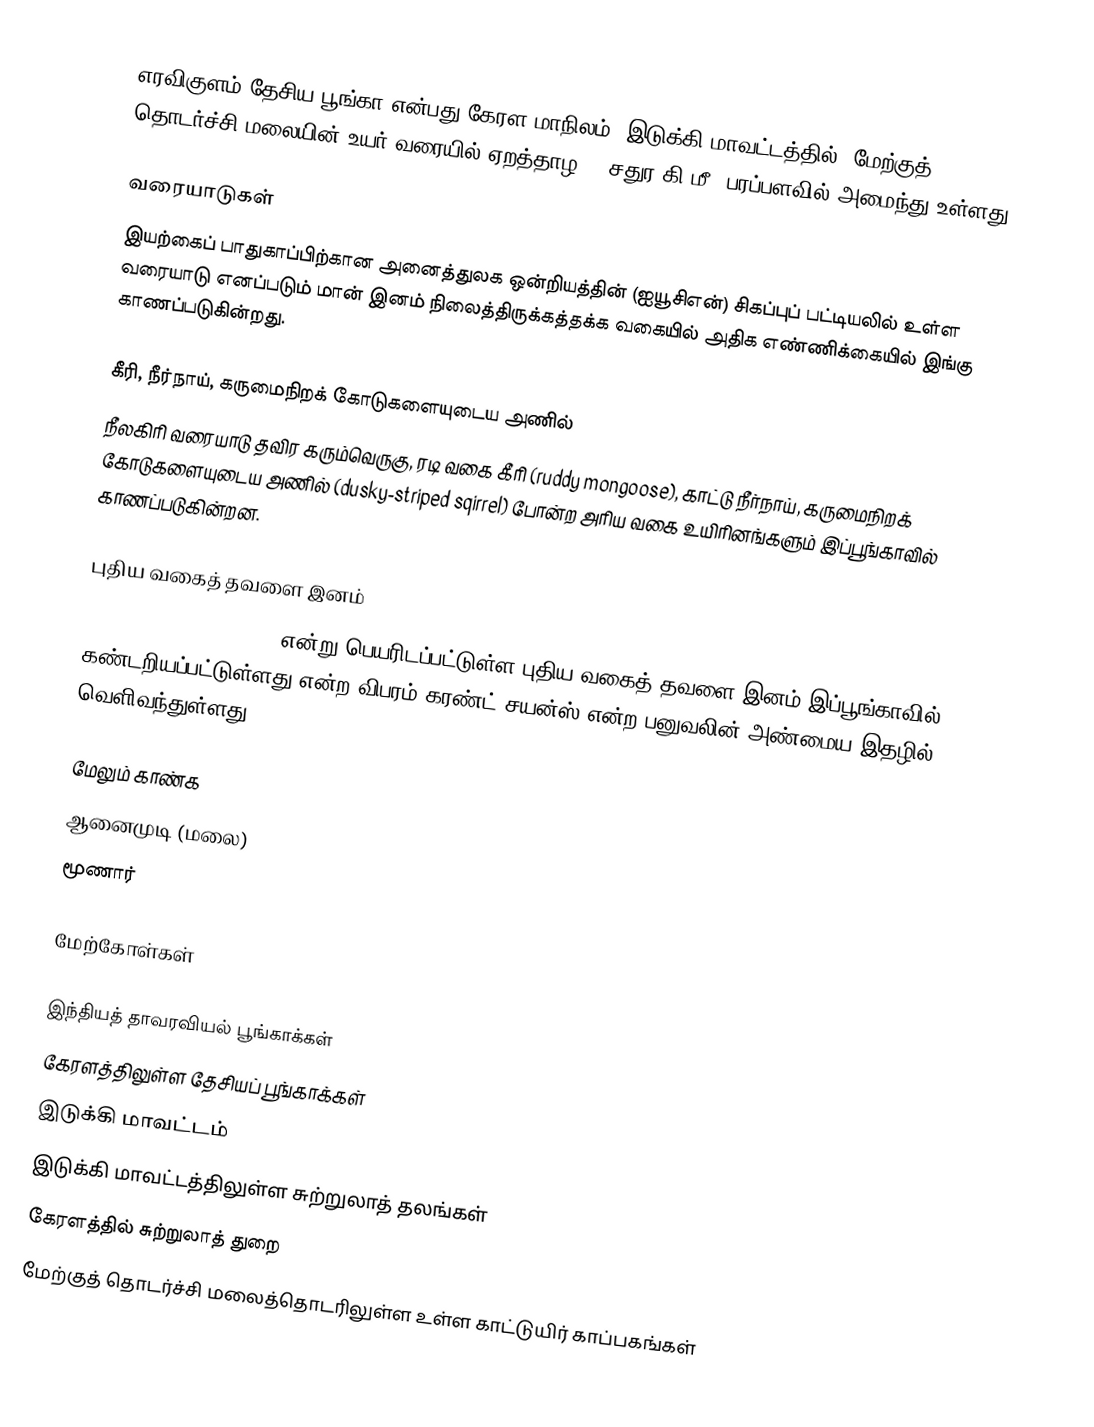
எரவிகுளம் தேசிய பூங்கா என்பது கேரள மாநிலம், இடுக்கி மாவட்டத்தில், மேற்குத் தொடர்ச்சி மலையின் உயர் வரையில் ஏறத்தாழ 97 சதுர கி.மீ. பரப்பளவில் அமைந்து உள்ளது .

வரையாடுகள்
இயற்கைப் பாதுகாப்பிற்கான அனைத்துலக ஒன்றியத்தின் (ஐயூசிஎன்) சிகப்புப் பட்டியலில் உள்ள வரையாடு எனப்படும் மான் இனம் நிலைத்திருக்கத்தக்க வகையில் அதிக எண்ணிக்கையில் இங்கு காணப்படுகின்றது.

கீரி, நீர்நாய், கருமைநிறக் கோடுகளையுடைய அணில்
நீலகிரி வரையாடு தவிர கரும்வெருகு, ரடி வகை கீரி (ruddy mongoose), காட்டு நீர்நாய், கருமைநிறக் கோடுகளையுடைய அணில் (dusky-striped sqirrel) போன்ற அரிய வகை உயிரினங்களும் இப்பூங்காவில் காணப்படுகின்றன.

புதிய வகைத் தவளை இனம்
Raorchestes resplendens என்று பெயரிடப்பட்டுள்ள புதிய வகைத் தவளை இனம் இப்பூங்காவில் கண்டறியப்பட்டுள்ளது என்ற விபரம் கரண்ட் சயன்ஸ் என்ற பனுவலின் அண்மைய இதழில் வெளிவந்துள்ளது.

மேலும் காண்க
 ஆனைமுடி (மலை)
 மூணார்

மேற்கோள்கள்

இந்தியத் தாவரவியல் பூங்காக்கள்
கேரளத்திலுள்ள தேசியப் பூங்காக்கள்
இடுக்கி மாவட்டம்
இடுக்கி மாவட்டத்திலுள்ள சுற்றுலாத் தலங்கள்
கேரளத்தில் சுற்றுலாத் துறை
மேற்குத் தொடர்ச்சி மலைத்தொடரிலுள்ள உள்ள காட்டுயிர் காப்பகங்கள்